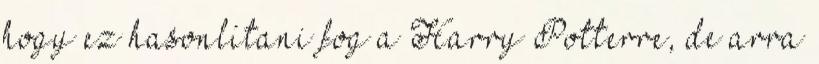
hogy ez hasonlítani fog a Harry Potterre, de arra